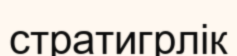
стратигрлік